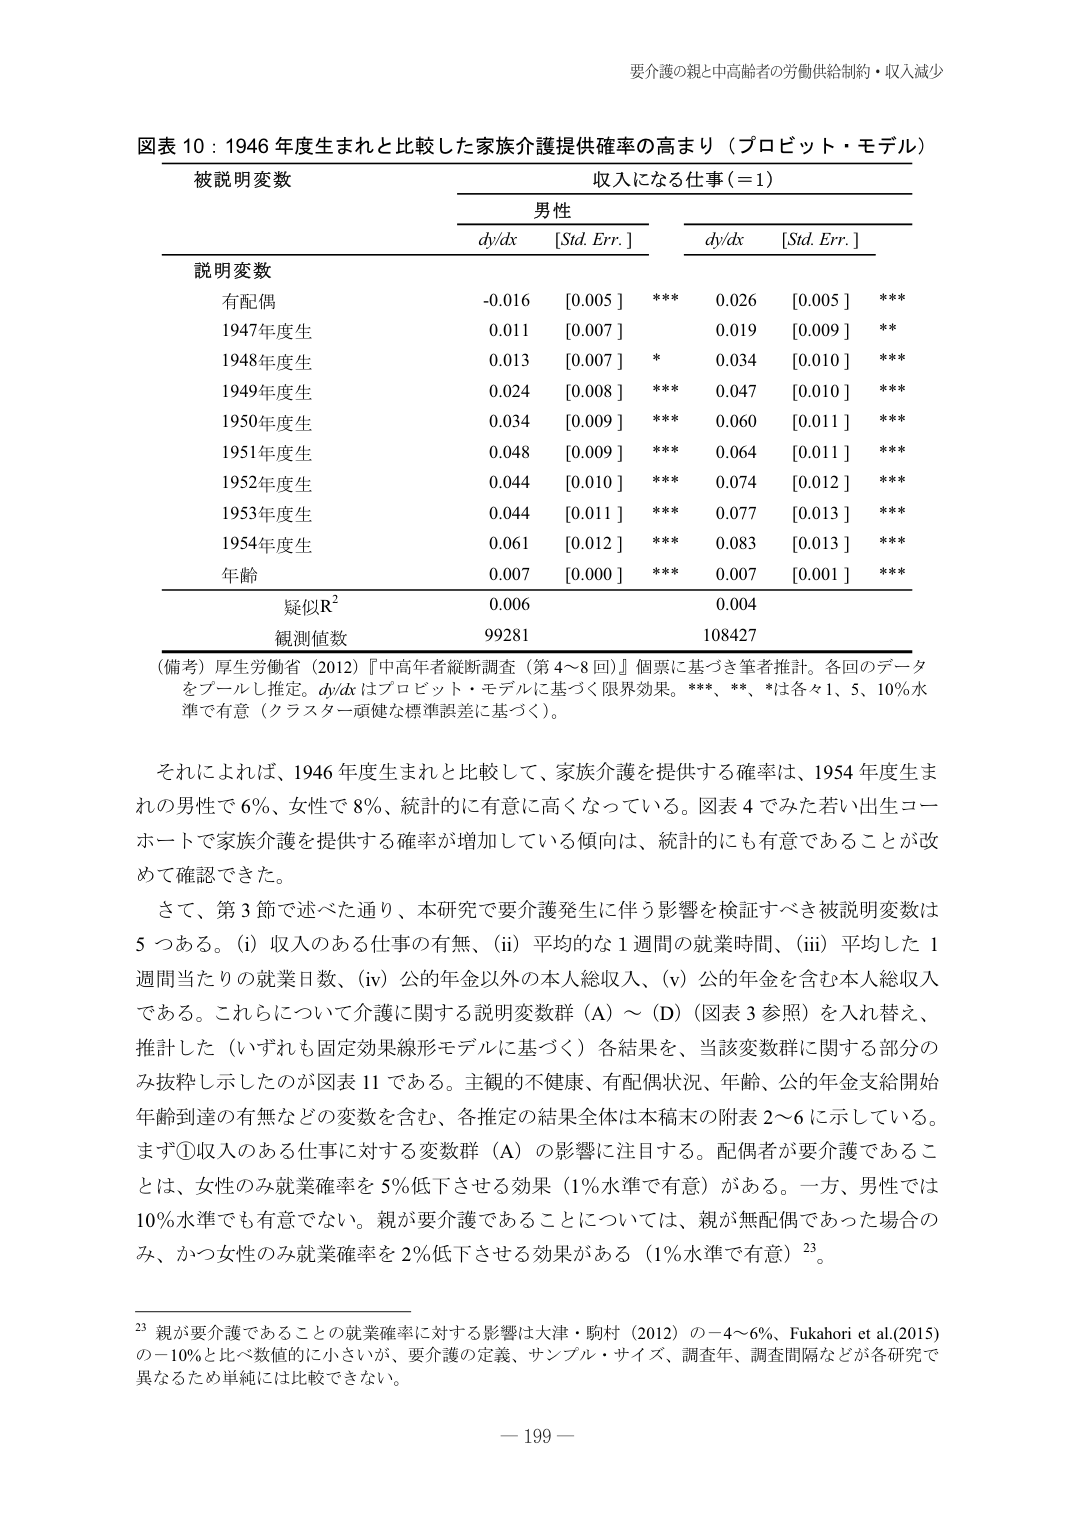
要介護の親と中高齢者の労働供給制約・収入減少

図表 10：1946 年度生まれと比較した家族介護提供確率の高まり（プロビット・モデル）

被説明変数　　　　　　　　　　　　　　　　　収入になる仕事（＝1）

　　　　　　　　　　　　　　　　　男性　　　　　　　　　　　　　　　　　

　　　　　　　　　　　　　　　　dy/dx　　[Std. Err.]　　　　　　dy/dx　　[Std. Err.]

説明変数

有配偶　　　　　　　　　　　　-0.016　　[0.005 ]　　***　　0.026　　[0.005 ]　　***

1947年度生　　　　　　　　　　0.011　　[0.007 ]　　　　　　0.019　　[0.009 ]　　**

1948年度生　　　　　　　　　　0.013　　[0.007 ]　　*　　　　0.034　　[0.010 ]　　***

1949年度生　　　　　　　　　　0.024　　[0.008 ]　　***　　0.047　　[0.010 ]　　***

1950年度生　　　　　　　　　　0.034　　[0.009 ]　　***　　0.060　　[0.011 ]　　***

1951年度生　　　　　　　　　　0.048　　[0.009 ]　　***　　0.064　　[0.011 ]　　***

1952年度生　　　　　　　　　　0.044　　[0.010 ]　　***　　0.074　　[0.012 ]　　***

1953年度生　　　　　　　　　　0.044　　[0.011 ]　　***　　0.077　　[0.013 ]　　***

1954年度生　　　　　　　　　　0.061　　[0.012 ]　　***　　0.083　　[0.013 ]　　***

年齢　　　　　　　　　　　　　0.007　　[0.000 ]　　***　　0.007　　[0.001 ]　　***

疑似R²　　　　　　　　　　　　0.006　　　　　　　　　　　　0.004

観測値数　　　　　　　　　　　99281　　　　　　　　　　　　108427

（備考）厚生労働省（2012）『中高年者縦断調査（第4～8回）』個票に基づき筆者推計。各回のデータをプールし推定。dy/dx はプロビット・モデルに基づく限界効果。***、**、*は各々1、5、10％水準で有意（クラスター頑健な標準誤差に基づく）。

それによれば、1946 年度生まれと比較して、家族介護を提供する確率は、1954 年度生まれの男性で 6％、女性で 8％、統計的に有意に高くなっている。図表 4 でみた若い出生コホートで家族介護を提供する確率が増加している傾向は、統計的にも有意であることが改めて確認できた。

さて、第 3 節で述べた通り、本研究で要介護発生に伴う影響を検証すべき被説明変数は 5 つある。（i）収入のある仕事の有無、（ii）平均的な 1 週間の就業時間、（iii）平均した 1 週間当たりの就業日数、（iv）公的年金以外の本人総収入、（v）公的年金を含む本人総収入である。これらについて介護に関する説明変数群（A）～（D）（図表 3 参照）を入れ替え、推計した（いずれも固定効果線形モデルに基づく）各結果を、当該変数群に関する部分のみ抜粋し示したのが図表 11 である。主観的不健康、有配偶状況、年齢、公的年金支給開始年齢到達の有無などの変数を含む、各推定の結果全体は本稿末の附表 2～6 に示している。まず①収入のある仕事に対する変数群（A）の影響に注目する。配偶者が要介護であることは、女性のみ就業確率を 5％低下させる効果（1％水準で有意）がある。一方、男性では 10％水準でも有意でない。親が要介護であることについては、親が無配偶であった場合のみ、かつ女性のみ就業確率を 2％低下させる効果がある（1％水準で有意）23。

23 親が要介護であることの就業確率に対する影響は大津・駒村（2012）の－4～6％、Fukahori et al.(2015) の－10％と比べ数値的に小さいが、要介護の定義、サンプル・サイズ、調査年、調査間隔などが各研究で異なるため単純には比較できない。

－199－